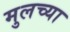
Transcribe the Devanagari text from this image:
मुलच्या